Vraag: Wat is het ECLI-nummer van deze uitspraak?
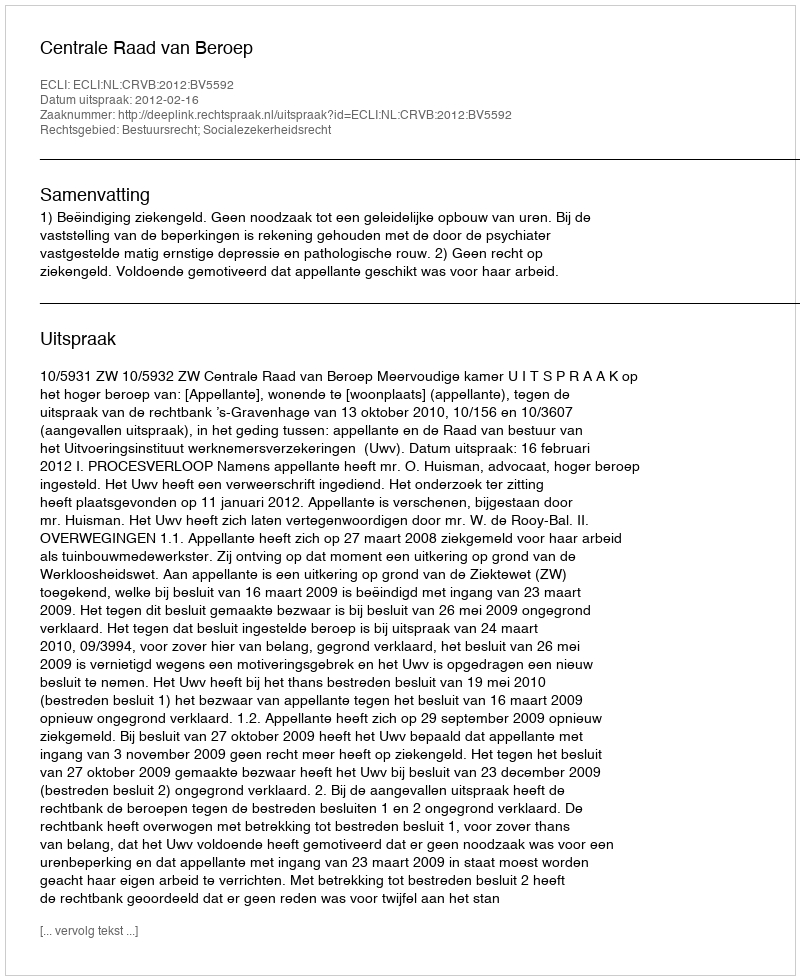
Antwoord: ECLI:NL:CRVB:2012:BV5592